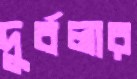
দুর্বলার